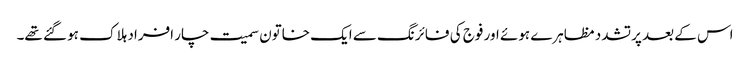
اس کے بعد پرتشدد مظاہرے ہوئے اور فوج کی فائرنگ سے ایک خاتون سمیت چار افراد ہلاک ہو گئے تھے۔